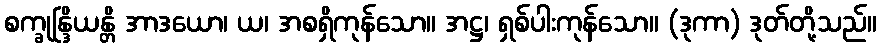
စက္ခုန္ဒြိယန္တိ အာဒယော၊ ယ၊ အစရှိကုန်သော။ အဋ္ဌ၊ ရှစ်ပါးကုန်သော။ (ဒုကာ) ဒုတ်တို့သည်။